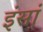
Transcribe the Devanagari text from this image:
इंसां